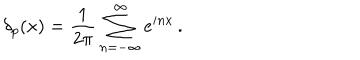
\delta _ { p } ( x ) = \frac { 1 } { 2 \pi } \sum _ { n = - \infty } ^ { \infty } e ^ { i n x } \, .